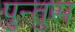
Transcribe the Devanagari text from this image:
पुन्तुस